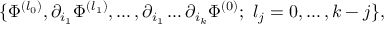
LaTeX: \{ \Phi ^ { ( l _ { 0 } ) } , \partial _ { i _ { 1 } } \Phi ^ { ( l _ { 1 } ) } , \ldots , \partial _ { i _ { 1 } } \dots \partial _ { i _ { k } } \Phi ^ { ( 0 ) } ; \, \, l _ { j } = 0 , \ldots , k - j \} ,